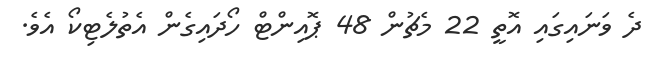
ދެ ވަަނައިގައި އޮތީ 22 މެޗުން 48 ޕޮއިންޓް ހޯދައިގެން އެތުލެޓިކޯ އެވެ.